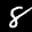
Digit: 8